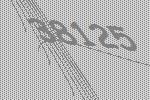
38125